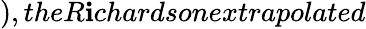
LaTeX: ),theR\mathbf{i}chardsonextrapolated